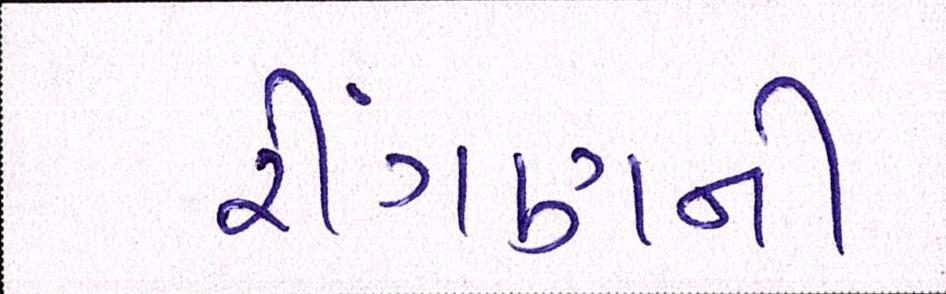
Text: રીંગણની